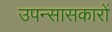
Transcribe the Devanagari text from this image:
उपन्सासकारों